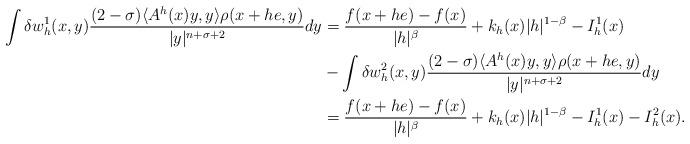
LaTeX: \begin{align*}\int \delta w^1_h(x,y)\frac{(2-\sigma)\langle A^h(x)y,y\rangle\rho(x+he,y)}{|y|^{n+\sigma+2}}dy&=\frac{f(x+he)-f(x)}{|h|^\beta}+k_h(x)|h|^{1-\beta}-I^1_h(x)\\&-\int \delta w^2_h(x,y)\frac{(2-\sigma)\langle A^h(x)y,y\rangle\rho(x+he,y)}{|y|^{n+\sigma+2}}dy\\&=\frac{f(x+he)-f(x)}{|h|^\beta}+k_h(x)|h|^{1-\beta}-I^1_h(x)-I^2_h(x).\end{align*}